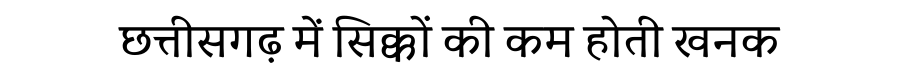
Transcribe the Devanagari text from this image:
छत्तीसगढ़ में सिक्कों की कम होती खनक